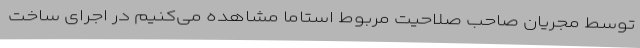
توسط مجریان صاحب صلاحیت مربوط استاما مشاهده می‌کنیم در اجرای ساخت